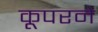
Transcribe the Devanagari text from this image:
कूपरने